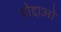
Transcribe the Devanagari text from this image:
योद्दाओं